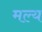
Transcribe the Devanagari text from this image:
मल्य